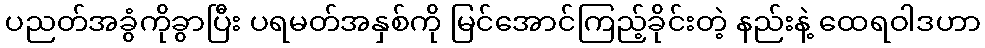
ပညတ်အခွံကိုခွာပြီး ပရမတ်အနှစ်ကို မြင်အောင်ကြည့်ခိုင်းတဲ့ နည်းနဲ့ ထေရဝါဒဟာ